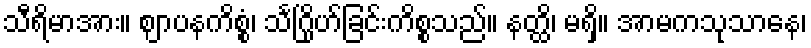
သီရိမာအား။ ဈာပနကိစ္စံ၊ သင်္ဂြိုဟ်ခြင်းကိစ္စသည်။ နတ္ထိ၊ မရှိ။ အာမကသုသာနေ၊